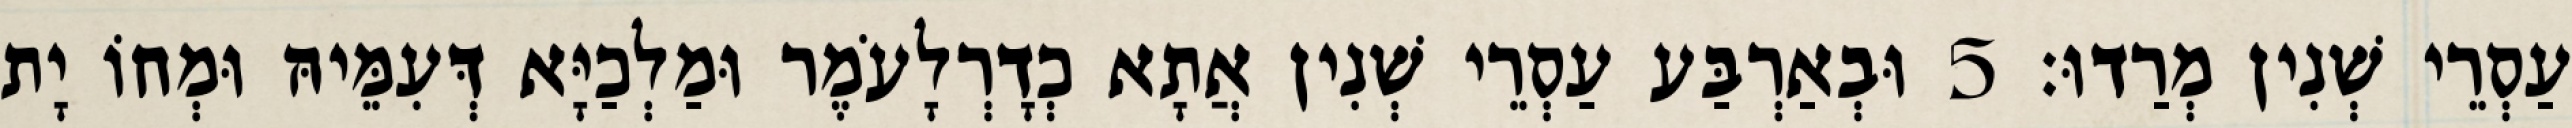
עַסְרֵי שְׁנִין מְרַדוּ׃ 5 וּבְאַרְבַּע עַסְרֵי שְׁנִין אֲתָא כְדָרְלָעֹמֶר וּמַלְכַיָּא דְּעִמֵּיהּ וּמְחוֹ יָת